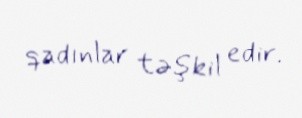
qadınlar təşkil edir.